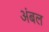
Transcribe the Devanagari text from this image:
अंबल